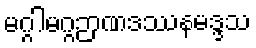
မဂ္ဂါမဂ္ဂဉာဏဒဿနမဒ္ဒသ